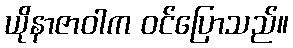
ယိုနာဇာဝါက ဝင်ပြောသည်။